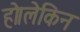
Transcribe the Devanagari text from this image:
हो।लेकिन